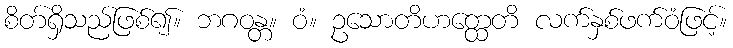
စိတ်ရှိသည်ဖြစ်၍။ ဘဂဝန္တ။ ဝံ။ ဥသောတိဟတ္ထေတိ လက်နှစ်ဖက်ဝံဖြင့်။